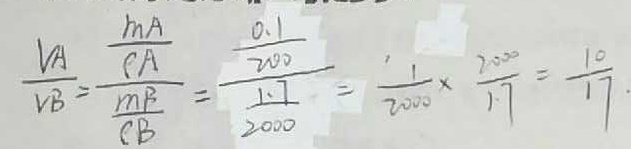
\frac { V _ { A } } { V _ { B } } = \frac { \frac { m _ { A } } { c _ { A } } } { \frac { m _ { B } } { c _ { B } } } = \frac { \frac { 0 . 1 } { 2 0 0 } } { \frac { 1 . 7 } { 2 0 0 0 } } = \frac { 1 } { 2 0 0 0 } \times \frac { 2 0 0 0 } { 1 . 7 } = \frac { 1 0 } { 1 7 } .